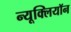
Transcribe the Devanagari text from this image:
न्यूक्लियॉन